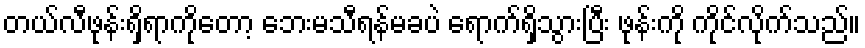
တယ်လီဖုန်းရှိရာကိုတော့ ဘေးမသီရန်မခပဲ ရောက်ရှိသွားပြီး ဖုန်းကို ကိုင်လိုက်သည်။